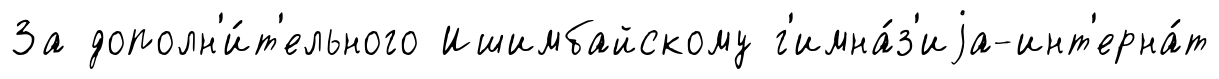
За дополн'и́т'ельного Ишимбайскому г'имна́з'иjа-инт'ерна́т